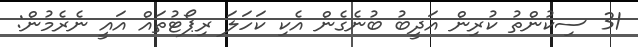
31 ސިކުންތު ކުރިން އަދީބު ބުނެގެން އެކި ކަހަލަ ރިޕޯޓުތައް އައީ ނެރެމުން: